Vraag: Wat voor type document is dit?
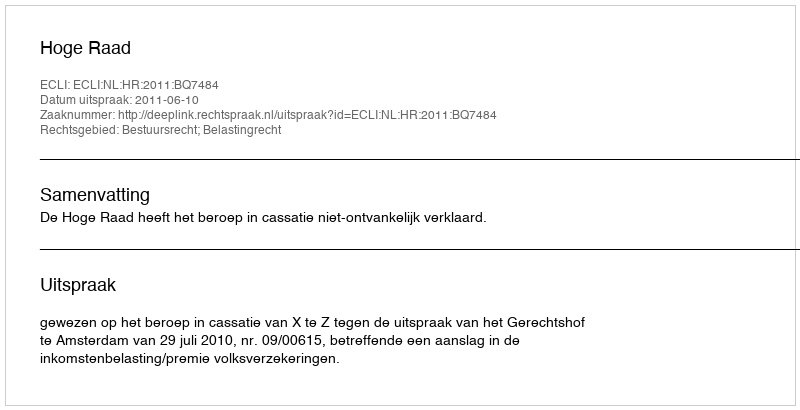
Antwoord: Uitspraak